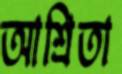
আশ্রিতা